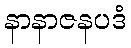
နာနာဇနပဒံ